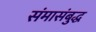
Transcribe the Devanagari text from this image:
संमासंबुद्ध